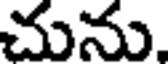
చును,